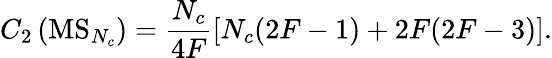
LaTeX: C_{2}\left(\mathrm{MS}_{N_{c}}\right)=\frac{N_{c}}{4F}\left[N_{c}(2F-1)+2F(2F-3)\right].